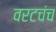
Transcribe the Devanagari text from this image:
वरटचंच